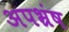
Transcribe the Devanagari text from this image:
अपभ्रंष